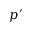
p ^ { \prime }